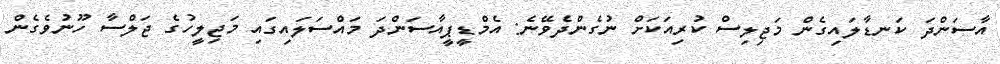
އާސަންދަ ކަނޑާލައިގެން މަޖިލިސް ކުރިއަކަށް ނުގެންދެވޭނެ: އެމްޑީޕީއާސަންދަ މައްސަލައިގައި މަޖިލީހުގެ ޖަލްސާ ހޫނުވެގެން